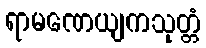
ရာမဏေယျကသုတ္တံ